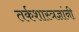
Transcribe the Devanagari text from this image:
तर्कशास्त्रज्ञांनी